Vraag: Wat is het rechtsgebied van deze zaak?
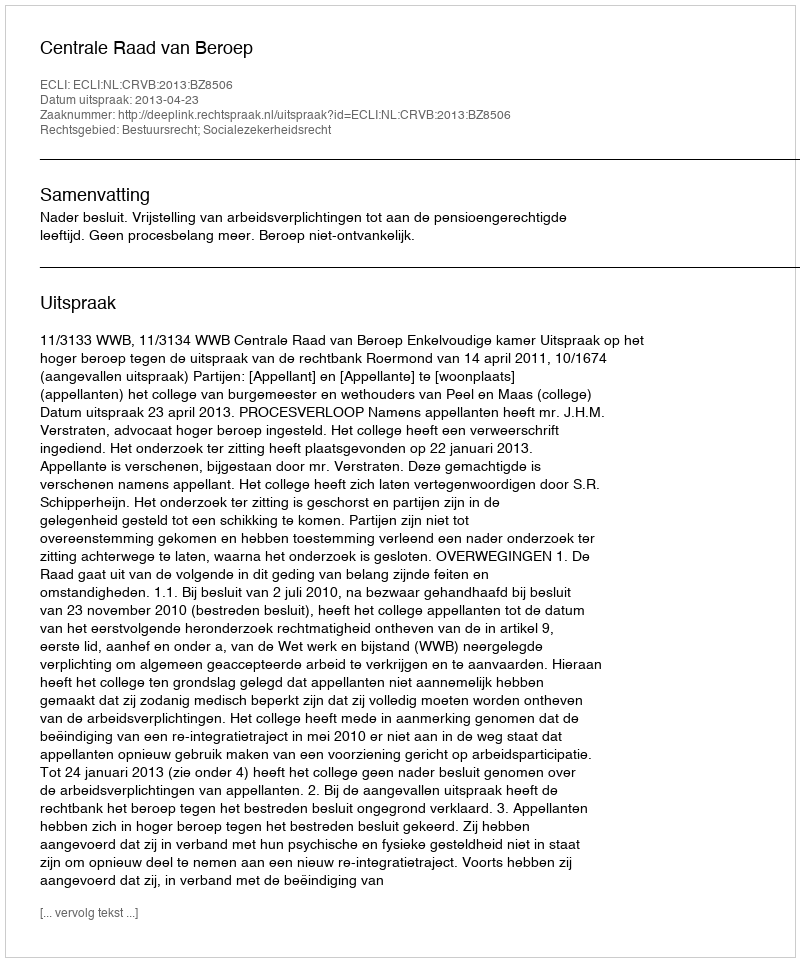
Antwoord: Bestuursrecht; Socialezekerheidsrecht